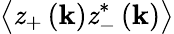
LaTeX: \left\langle\mathit{z}_{+}\left(\mathbf{{k}}\right)\mathit{z}_{-}^{*}\left(\mathbf{{k}}\right)\right\rangle